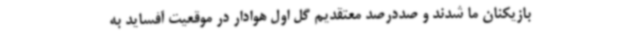
بازیکنان ما شدند و صددرصد معتقدیم گل اول هوادار در موقعیت آفساید به